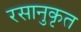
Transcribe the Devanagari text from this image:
रसानुकृत